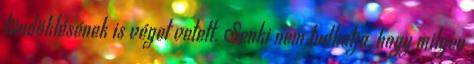
tündöklésének is véget vetett. Senki nem tudhatja, hogy milyen